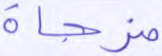
مزجاة